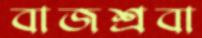
বাজশ্রবা